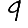
Digit: 9